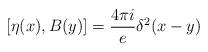
LaTeX: \begin{align*}[\eta(x),B(y)]=\frac {4\pi i}{e}\delta^2(x-y)\end{align*}